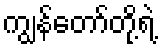
ကျွန်တော်တို့ရဲ့